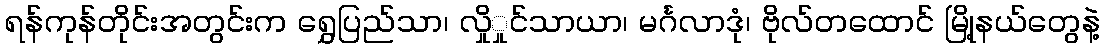
ရန်ကုန်တိုင်းအတွင်းက ရွှေပြည်သာ၊ လှိုှုင်သာယာ၊ မင်္ဂလာဒုံ၊ ဗိုလ်တထောင် မြို့နယ်တွေနဲ့